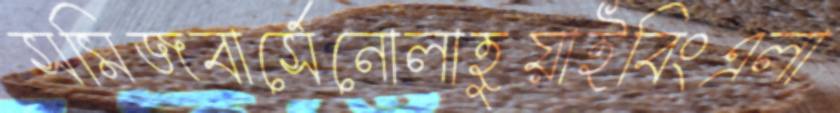
সমিজবার্সেনোলাহুয়াইবিংএলা